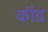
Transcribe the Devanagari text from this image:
कॉंड